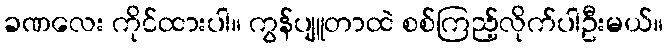
ခဏလေး ကိုင်ထားပါ။ ကွန်ပျူတာထဲ စစ်ကြည့်လိုက်ပါဦးမယ်။